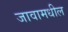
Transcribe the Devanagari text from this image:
जावामधील